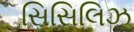
સિસિલિઝ